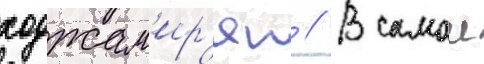
ходжам'ир'ян // В самои